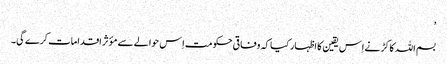
’
بسم اللہ کاکڑ نے اِس یقین کا اظہار کیا کہ وفاقی حکومت اِس حوالے سے مؤثر اقدامات کرے گی۔